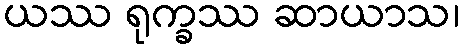
ယဿ ရုက္ခဿ ဆာယာသ၊